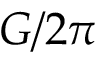
G / 2 \pi